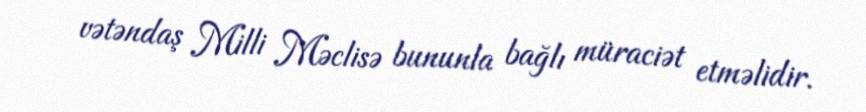
vətəndaş Milli Məclisə bununla bağlı müraciət etməlidir.